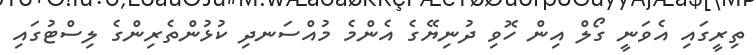
ތިރީގައި އެވަނީ ގޯލް އިން ހޮވި ދުނިޔޭގެ އެންމެ މުއްސަނދި ކުޅުންތެރިންގެ ލިސްޓުގައި